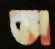
তা